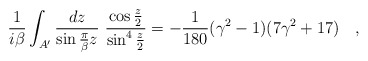
\begin{align*}{1 \over i\beta} \int_{A'}{dz \over \sin {\pi \over \beta} z}~ {\cos \frac z2\over \sin^4 \frac z2}=-{1 \over 180}(\gamma^2-1)(7\gamma^2+17)~~~,\end{align*}